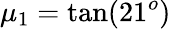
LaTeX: \mu_{1}=\tan(21^{o})